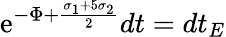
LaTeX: \mathrm{e}^{-\Phi+\frac{{\sigma_{1}+5\sigma_{2}}}{{2}}}dt=dt_{E}